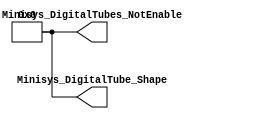
module lab1_sw_led_24(
    output[7:0] Minisys_DigitalTubes_NotEnable,
    output[7:0]Minisys_DigitalTube_Shape

    );
    assign Minisys_DigitalTubes_NotEnable = 7'b0000000;
    assign Minisys_DigitalTube_Shape = 7'b0000000;
endmodule